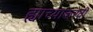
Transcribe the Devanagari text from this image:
ह्याच्याकरवी